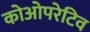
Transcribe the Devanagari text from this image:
कोओपरेटिव